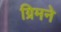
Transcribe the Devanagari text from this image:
ग्रिमने